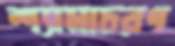
শ্যামাচরণ